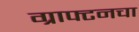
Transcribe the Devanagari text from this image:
ग्राफ्टनचा